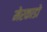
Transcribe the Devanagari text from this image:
मेरकाडो